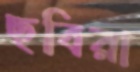
ছবিরা